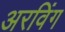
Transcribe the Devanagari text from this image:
अरविंग